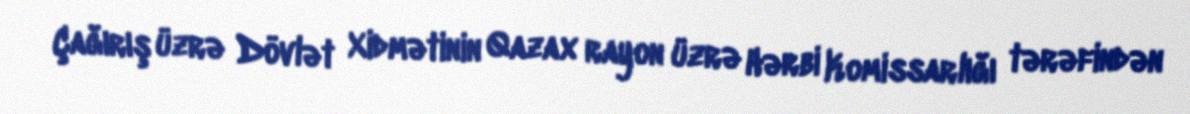
Çağırış üzrə Dövlət Xidmətinin Qazax rayon üzrə Hərbi Komissarlığı tərəfindən